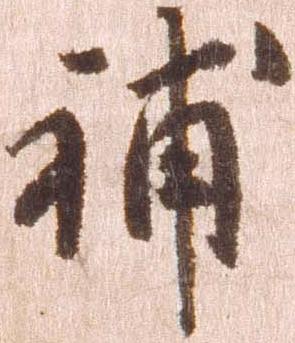
補